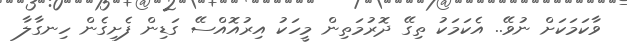
ވާކަމަކަށް ނުވޭ.. އެކަމަކު ތިގޭ ދޮރުމަތިން މީހަކު އިރުއޮއްސޭ ގަޑިން ފެށިގެން ހިނގާލާ